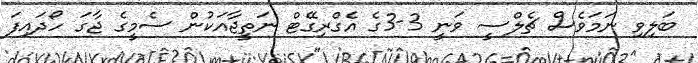
ބަލިވި ނަމަވެސް ޗެލްސީ ވަނީ 3-3ގެ އެގްރިގޭޓް ނަތީޖާއަކުން ސެމީގެ ޖާގަ ހޯދައިފަ